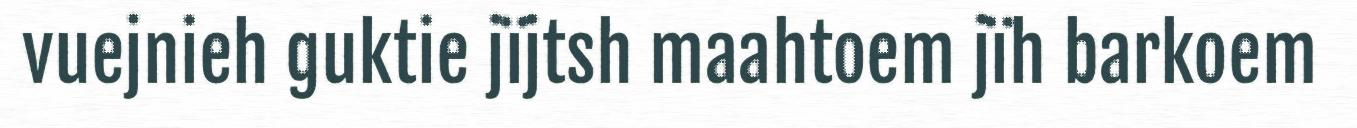
vuejnieh guktie jïjtsh maahtoem jïh barkoem